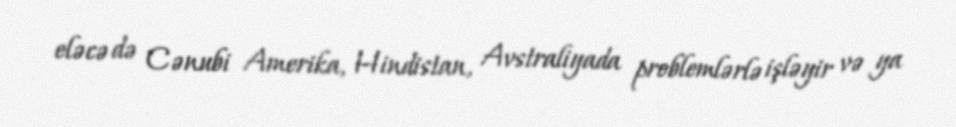
eləcə də Cənubi Amerika, Hindistan, Avstraliyada problemlərlə işləyir və ya